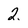
Character: 2